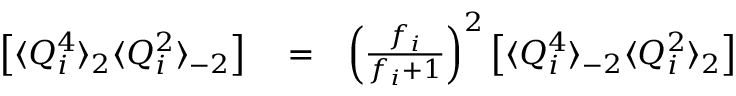
\begin{array} { r l r } { \left[ \langle Q _ { i } ^ { 4 } \rangle _ { 2 } \langle Q _ { i } ^ { 2 } \rangle _ { - 2 } \right] } & { { } = } & { \left( \frac { f _ { i } } { f _ { i } + 1 } \right) ^ { 2 } \left[ \langle Q _ { i } ^ { 4 } \rangle _ { - 2 } \langle Q _ { i } ^ { 2 } \rangle _ { 2 } \right] } \end{array}